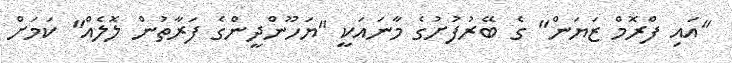
"އައި ފްރޮމް ޒަޔަން" ގެ ބޭރުފުށުގެ މާނައަކީ "ޔަހޫންދީންގެ ފަރާތުން ލޮލެއް" ކަމަށް